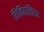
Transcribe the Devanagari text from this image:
मिनिमलिस्म